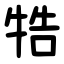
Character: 牿